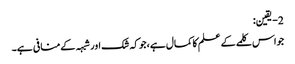
2- یقین:
جواس کلمے کے علم کاکمال ہے،جوکہ شک اورشبہہ کےمنافی ہے۔